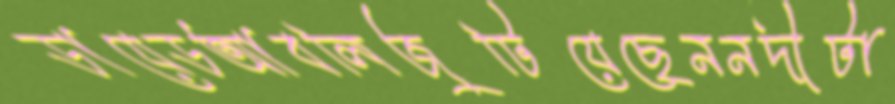
ডায়েডআবলিজুটিয়েছেননদীটা